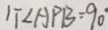
1 T \angle A P B = 9 0 ^ { \circ }